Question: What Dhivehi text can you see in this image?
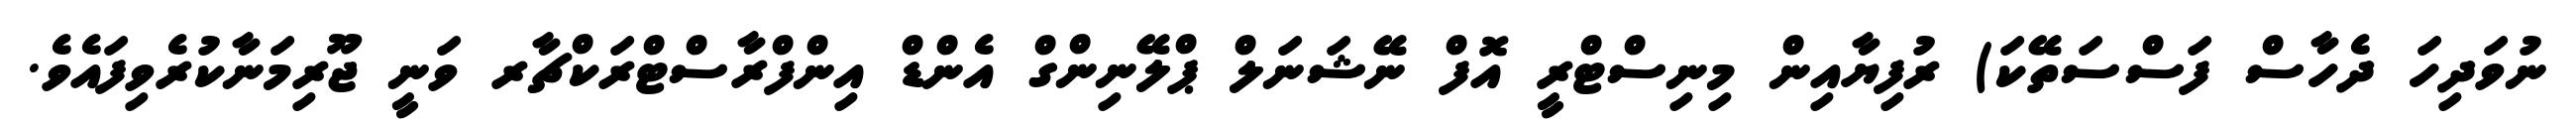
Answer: ނުވަދިހަ ދެހާސް ފަސްސަތޭކަ) ރުފިޔާއިން މިނިސްޓްރީ އޮފް ނޭޝަނަލް ޕްލޭނިންގް އެންޑް އިންފްރާސްޓްރަކްޗާރ ވަނީ ޖޫރިމަނާކުރެވިފައެވެ.